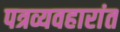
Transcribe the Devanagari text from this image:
पत्रव्यवहारांत